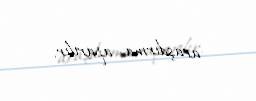
araşdırma aparılır.